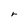
Character: r